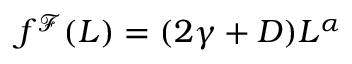
f ^ { \mathcal { F } } ( L ) = ( 2 \gamma + D ) L ^ { \alpha }